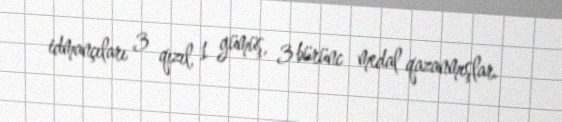
idmançıları 3 qızıl, 1 gümüş, 3 bürünc medal qazanmışlar.